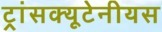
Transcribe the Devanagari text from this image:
ट्रांसक्यूटेनीयस